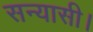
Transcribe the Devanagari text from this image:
सन्यासी।